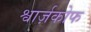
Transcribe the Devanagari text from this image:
श्वार्ज़कोफ